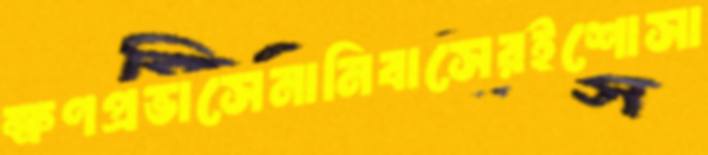
ক্ষণপ্রভাসেনানিবাসেরইশোসা